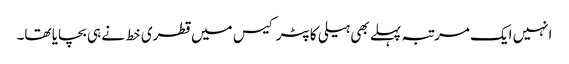
انہیں ایک مرتبہ پہلے بھی ہیلی کاپٹر کیس میں قطری خط نے ہی بچایا تھا۔